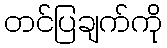
တင်ပြချက်ကို